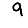
Digit: 9